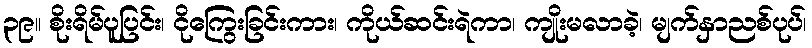
၃၉။ စိုးရိမ်ပူပြင်း၊ ငိုကြွေးခြင်းကား၊ ကိုယ်ဆင်းရဲကာ၊ ကျိုးမလာခဲ့၊ မျက်နှာညစ်ပုပ်၊